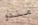
منذو